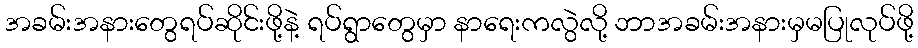
အခမ်းအနားတွေရပ်ဆိုင်းဖို့နဲ့ ရပ်ရွာတွေမှာ နာရေးကလွဲလို့ ဘာအခမ်းအနားမှမပြုလုပ်ဖို့